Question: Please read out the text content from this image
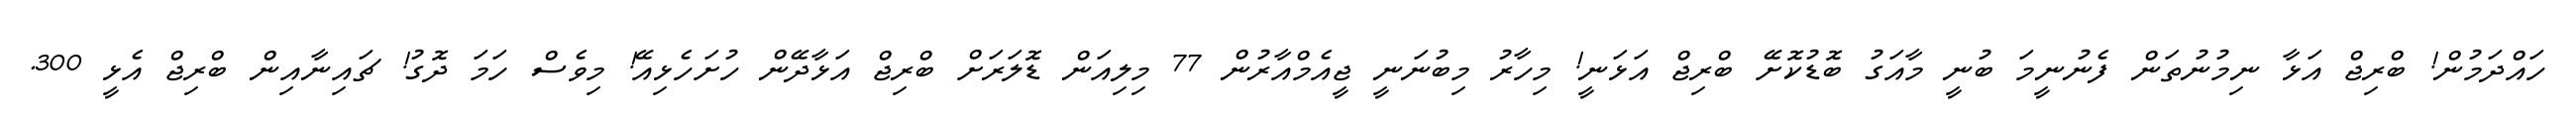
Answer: ހައްދަމުން! ބްރިޖް އަޅާ ނިމުނުތަން ފެނުނީމަ ބުނީ މާއަގު ބޮޑުކޮށޭ ބްރިޖް އަޅަނީ! މިހާރު މިބުނަނީ ޖީއެމްއާރުން 77 މިލިއަން ޑޮލަރަށް ބްރިޖް އަޅާދޭން ހުށަހެޅިއޭ! މިވެސް ހަމަ ދޮގު! ޗައިނާއިން ބްރިޖް އެޅީ 300.